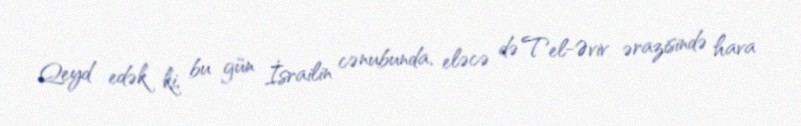
Qeyd edək ki, bu gün İsrailin cənubunda, eləcə də Tel-Əviv ərazisində hava